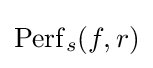
\operatorname {Perf} _{s}(f,r)